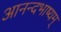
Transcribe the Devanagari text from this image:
आनन्दभाष्यम्